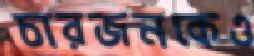
চারজনকেও